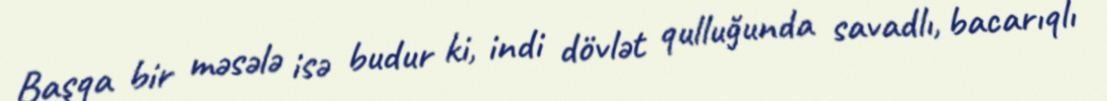
Başqa bir məsələ isə budur ki, indi dövlət qulluğunda savadlı, bacarıqlı